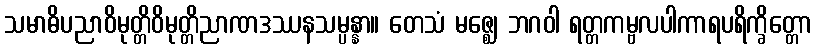
သမာဓိပညာဝိမုတ္တိဝိမုတ္တိညာဏဒဿနသမ္ပန္နာ။ တေသံ မဇ္ဈေ ဘဂဝါ ရတ္တကမ္ဗလပါကာရပရိက္ခိတ္တော